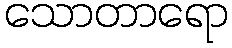
သောတာရော